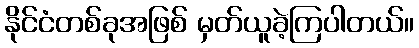
နိုင်ငံတစ်ခုအဖြစ် မှတ်ယူခဲ့ကြပါတယ်။